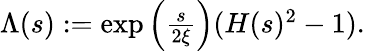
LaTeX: \begin{array}{r}{\Lambda(s):=\exp\left(\frac{s}{2\xi}\right)(H(s)^{2}-1).}\end{array}